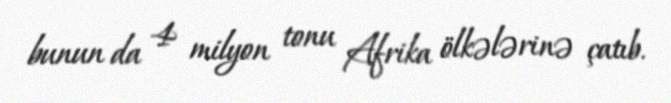
bunun da 4 milyon tonu Afrika ölkələrinə çatıb.